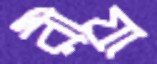
রীয়া